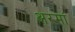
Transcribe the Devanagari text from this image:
अरमां